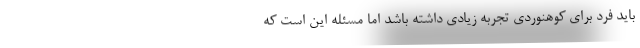
باید فرد برای کوهنوردی تجربه زیادی داشته باشد اما مسئله این است که